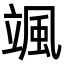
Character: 颯